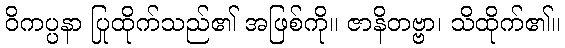
ဝိကပ္ပနာ ပြုထိုက်သည်၏ အဖြစ်ကို။ ဇာနိတဗ္ဗာ၊ သိထိုက်၏။